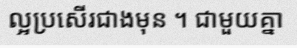
ល្អប្រសើរជាងមុន ។ ជាមួយគ្នា